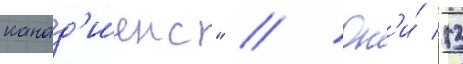
канад'иенс" // Он'и́ 13